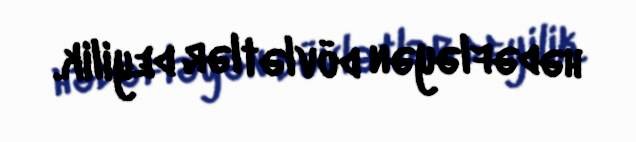
hədəfləyən dövlətlər deyilik.